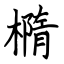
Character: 橢